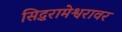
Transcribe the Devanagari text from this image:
सिद्धरामेश्वरावर